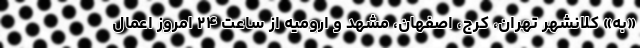
«به» کلانشهر تهران، کرج، اصفهان، مشهد و ارومیه از ساعت ۲۴ امروز اعمال